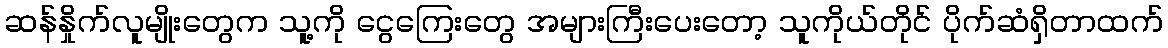
ဆန်နှိုက်လူမျိုးတွေက သူ့ကို ငွေကြေးတွေ အများကြီးပေးတော့ သူကိုယ်တိုင် ပိုက်ဆံရှိတာထက်